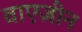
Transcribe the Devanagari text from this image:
वाएज़ीन